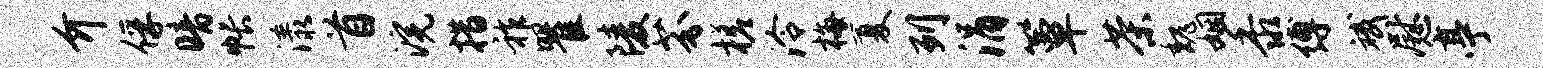
介俘暗帐漾首浣措祚瞿陵芬槎泠梅厦列涓簟茶魏姻黍缚斌慰亭